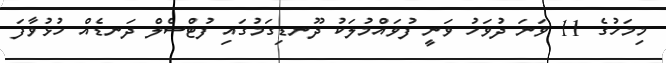
މިމަހުގެ 11 ވަނަ ދުވަހު ވަނީ ފުވައްމުލަކު ދޫނޑިގަމުގައި ފުޓްސެލް ދަނޑެއް ހުޅުވާފަ